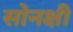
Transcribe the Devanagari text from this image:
सोनक्षी